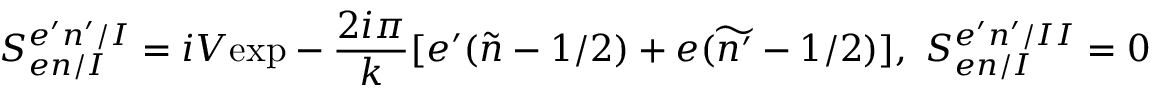
S _ { e n / I } ^ { e ^ { \prime } n ^ { \prime } / I } = i V \mathrm { e x p } - \frac { 2 i \pi } { k } [ e ^ { \prime } ( \widetilde { n } - 1 / 2 ) + e ( \widetilde { n ^ { \prime } } - 1 / 2 ) ] , \ S _ { e n / I } ^ { e ^ { \prime } n ^ { \prime } / I I } = 0